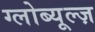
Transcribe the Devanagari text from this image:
ग्लोब्यूल्ज़